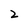
Character: 2